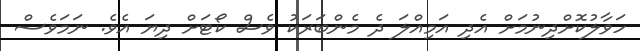
ހަވާލުކޮށްދިނުމަށް އެެދި އަމިއްލަ ދެ މެންބަރަކު ވެސް ކޯޓަށް ދިޔަ އެވެ. ނަމަވެސް